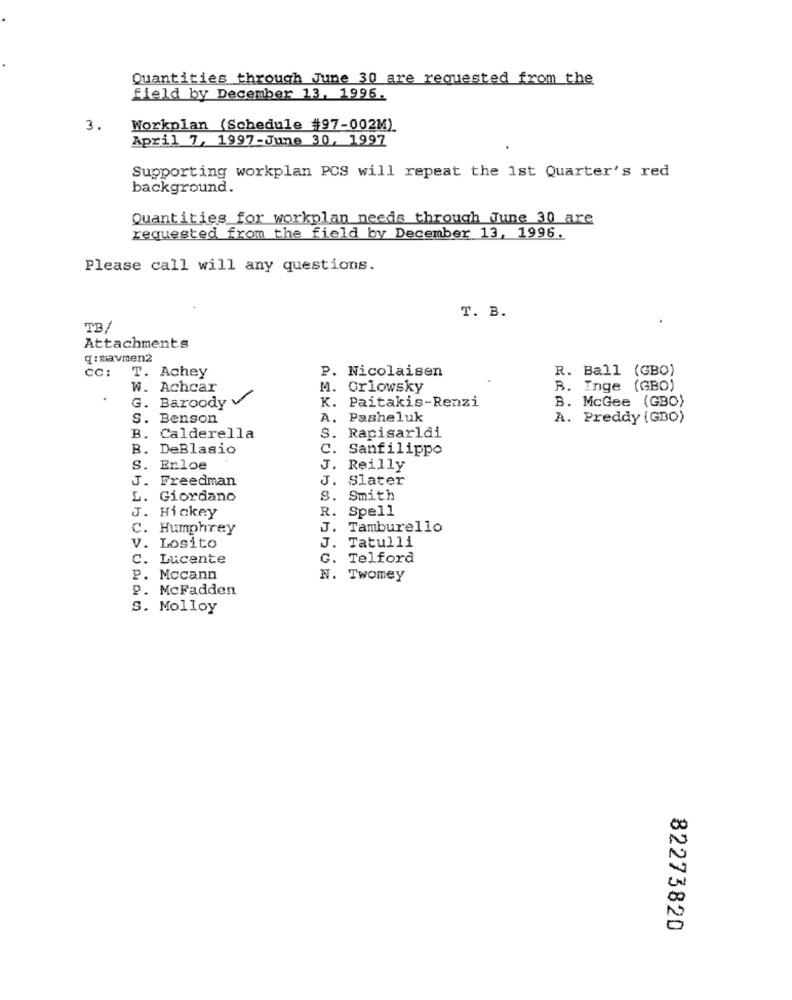
Quantities through June 30 are requested from the
field by December 13, 1996.
3.
Workplan (Schedule #97-002M)
April 7, 1997-June 30, 1997
Supporting workplan PCS will repeat the 1st Quarter's red
background.
Quantities for workplan needs through June 30 are
requested from the field by December 13, 1996.
Please call will any questions.
T. B.
TB/
Attachments
q:mavmen2
CC:
T. Achey
P. Nicolaisen
R. Ball (GBO)
w. Achcar
M. Orlowsky
B. Inge (GBO)
G. Baroody v
K. Paitakis-Renzi
B. McGee (GBO)
S. Benson
A. Pasheluk
A. Preddy (GBO)
S. Rapisarldi
B. Calderella
B. DeBlasio
C. Sanfilippo
S. Erloe
J. Reilly
J. Freedman
J. Slater
L. Giordano
8. Smith
R. Spell
J. Hickey
C. Humphrey
J.
Tamburello
J.
Tatulli
V. Losito
C. Lucente
Telford
P.
Mccann
N. Twomey
P. McFadden
S. Molloy
82273820